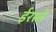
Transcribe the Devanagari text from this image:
ईरस्ते